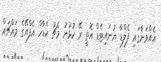
އެއްވަނާގައި ފެލްޑާ ޔުނައިޓެޑް އޮތީ ރޭ ކުޅުނު މެޗު ކެޑާހް އެފްއޭގެ މައްޗައް